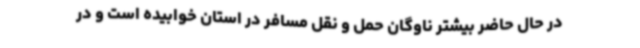
در حال حاضر بیشتر ناوگان حمل و نقل مسافر در استان خوابیده است و در